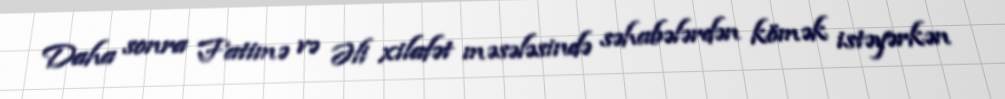
Daha sonra Fatimə və Əli xilafət məsələsində səhabələrdən kömək istəyərkən